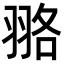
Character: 𦐦